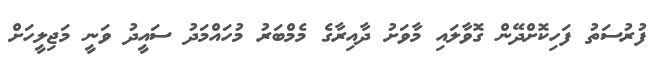
ފުރުސަތު ފަހިކޮށްދޭން ގޮވާލައި މާވަށު ދާއިރާގެ މެމްބަރު މުހައްމަދު ސައީދު ވަނީ މަޖިލީހަށް